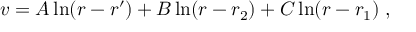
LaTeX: v = A \ln ( r - r ^ { \prime } ) + B \ln ( r - r _ { 2 } ) + C \ln ( r - r _ { 1 } ) \; ,